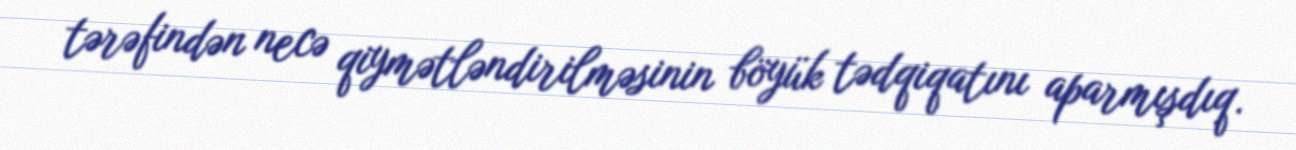
tərəfindən necə qiymətləndirilməsinin böyük tədqiqatını aparmışdıq.